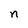
Character: n